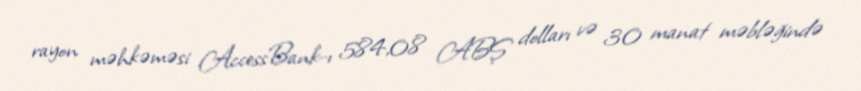
rayon məhkəməsi AccessBank-ı 584,08 ABŞ dolları və 30 manat məbləğində